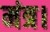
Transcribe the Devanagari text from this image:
मंत्र।